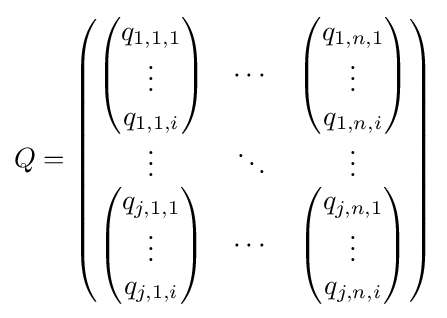
Q={\begin{pmatrix}{\begin{pmatrix}q_{1,1,1}\\\vdots \\q_{1,1,i}\end{pmatrix}}&\cdots &{\begin{pmatrix}q_{1,n,1}\\\vdots \\q_{1,n,i}\end{pmatrix}}\\\vdots &\ddots &\vdots \\{\begin{pmatrix}q_{j,1,1}\\\vdots \\q_{j,1,i}\end{pmatrix}}&\cdots &{\begin{pmatrix}q_{j,n,1}\\\vdots \\q_{j,n,i}\end{pmatrix}}\end{pmatrix}}